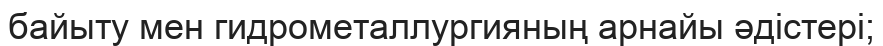
байыту мен гидрометаллургияның арнайы әдістері;